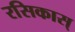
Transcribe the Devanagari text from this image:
रसिकास्